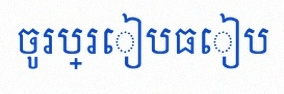
ចូរប្រៀបធៀប